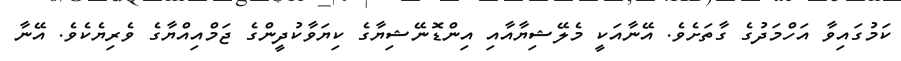
ކަމުގައިވާ އަހްމަދުގެ ގާތަށެވެ. އޭނާއަކީ މެލޭޝިޔާއާއި އިންޑޮނޭޝިޔާގެ ކިޔަވާކުދީންގެ ޖަމްއިއްޔާގެ ވެރިޔެކެވެ. އޭނާ